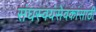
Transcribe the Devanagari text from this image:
संघस्वयंसेवकांसाठी